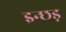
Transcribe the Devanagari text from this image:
इन्छड़